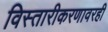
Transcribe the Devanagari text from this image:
विस्तारीकरणावरही